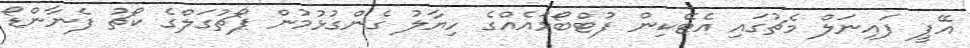
އޭޕީ ފައިނަލް މެޗުގައި އެޓޭކިން ފުޓްބޯޅައެއްގެ ހިޔާލު ގެންގުޅުމުން ޕޯޗުގަލްގެ ކޯޗު ފެނާންޑޯ